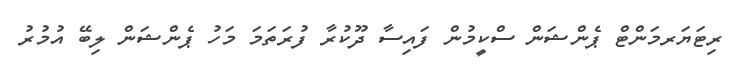
ރިޓަޔަރމަންޓް ޕެންޝަން ސްކީމުން ފައިސާ ދޫކުރާ ފުރަތަމަ މަހު ޕެންޝަން ލިބޭ އުމުރު